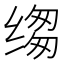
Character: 𮶆